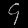
Digit: ၄